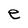
Character: e